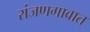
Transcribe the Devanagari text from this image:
रांजणगावात